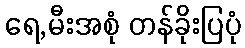
ရေ,မီးအစုံ တန်ခိုးပြပုံ